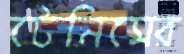
টেনিসের